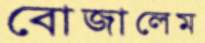
বোজালেম